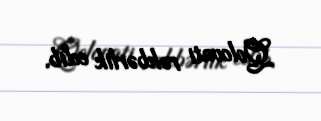
Qolovati rəhbərlik edib.